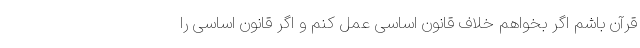
قرآن باشم اگر بخواهم خلاف قانون اساسی عمل کنم و اگر قانون اساسی را